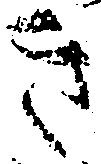
き